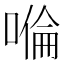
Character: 𠹹